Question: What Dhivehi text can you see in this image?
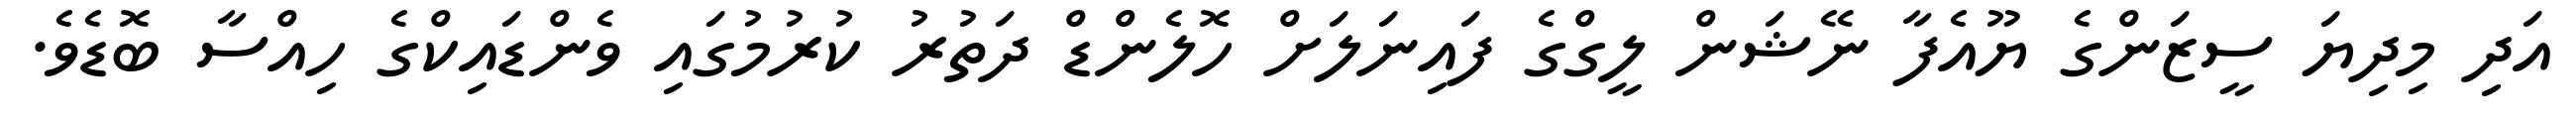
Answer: އަދި މިދިޔަ ސީޒަންގެ ޔޫއެފާ ނޭޝަން ލީގްގެ ފައިނަލަށް ހޮލެންޑް ދަތުރު ކުރުމުގައި ވެންޑައިކްގެ ހިއްސާ ބޮޑެވެ.